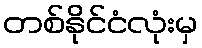
တစ်နိုင်ငံလုံးမှ